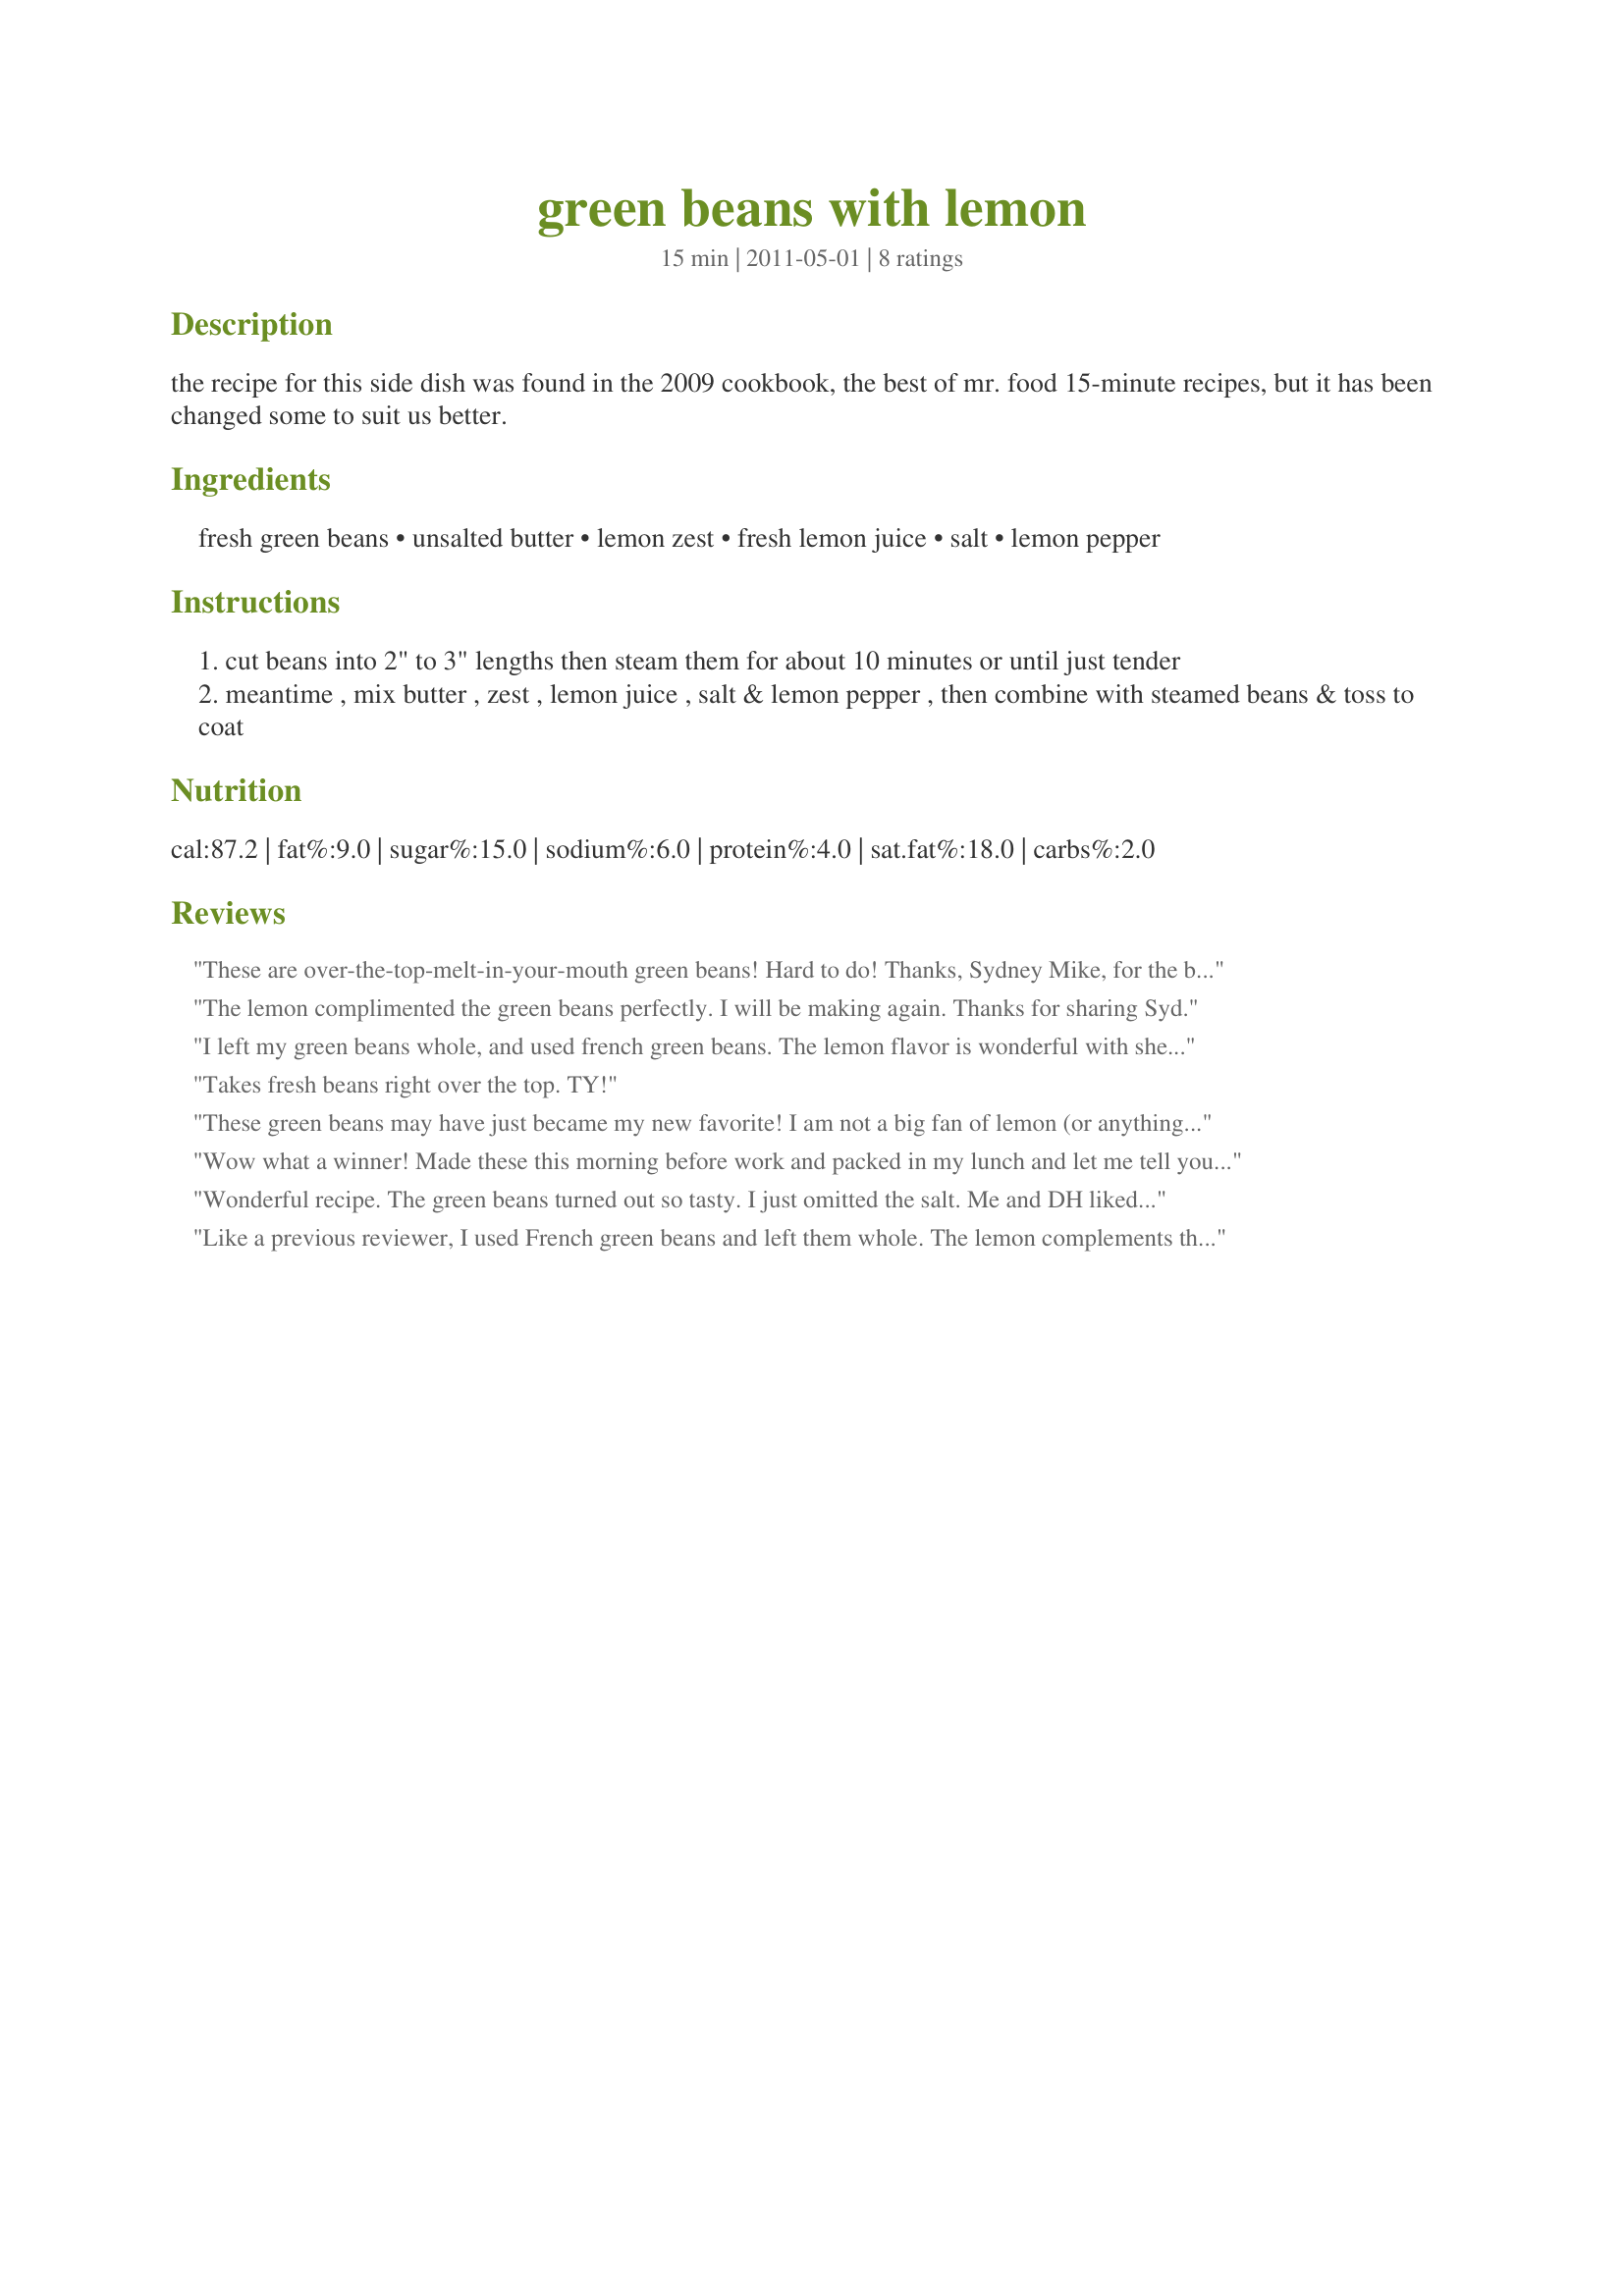
green beans with lemon
Preparation time: 15 minutes

the recipe for this side dish was found in the 2009 cookbook, the best of mr. food 15-minute recipes, but it has been changed some to suit us better.

Ingredients:
fresh green beans, unsalted butter, lemon zest, fresh lemon juice, salt, lemon pepper

Steps:
cut beans into 2" to 3" lengths then steam them for about 10 minutes or until just tender
meantime , mix butter , zest , lemon juice , salt & lemon pepper , then combine with steamed beans & toss to coat

Reviews:
These are over-the-top-melt-in-your-mouth green beans! Hard to do! Thanks, Sydney Mike, for the best green bean recipe of all time! Made for Best of 2011 Cookbook tag game, as recommended by Boomette.
The lemon complimented the green beans perfectly. I will be making again. Thanks for sharing Syd.
I left my green beans whole, and used french green beans. The lemon flavor is wonderful with shellfish, which is what I served these with. So easy to make, and so delicious. Thanks for sharing.
Takes fresh beans right over the top. TY!
These green beans may have just became my new favorite! I am not a big fan of lemon (or anything sour) but these were not sour at all and the lemon and lemon pepper gave the green beans a fresh flavor. Made as written and will be making these again! Made for 123Hits May game win.
Wow what a winner! Made these this morning before work and packed in my lunch and let me tell you they packed well and were a great addition to my lunch box. Made as written. Not only will I be making this again but will be taking it up the hill for the next family get-together. Thanks for the post.
Wonderful recipe. The green beans turned out so tasty. I just omitted the salt. Me and DH liked this a lot. Thanks Syd :) Made for Zaar Star Game
Like a previous reviewer, I used French green beans and left them whole. The lemon complements the beans beautifully. Thanks for posting.
